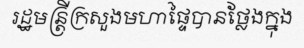
រដ្ឋមន្ត្រីក្រសួងមហាផ្ទៃបានថ្លែងក្នុង